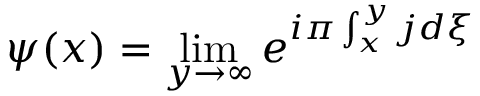
\psi ( x ) = \operatorname * { l i m } _ { y \rightarrow \infty } e ^ { i \pi \int _ { x } ^ { y } j d \xi }